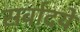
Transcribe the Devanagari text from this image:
सर्वादये